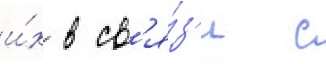
и́х в св'я́з'и с